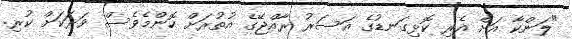
"ލަންކާ އަށް އެރި ކޮޅިގަނޑުގެ އަސަރު ރާއްޖޭގެ އުތުރަށް ކޮންމެވެސް ވަރަކަށް ކުރި.